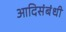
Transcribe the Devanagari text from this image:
आदिसंबंधी